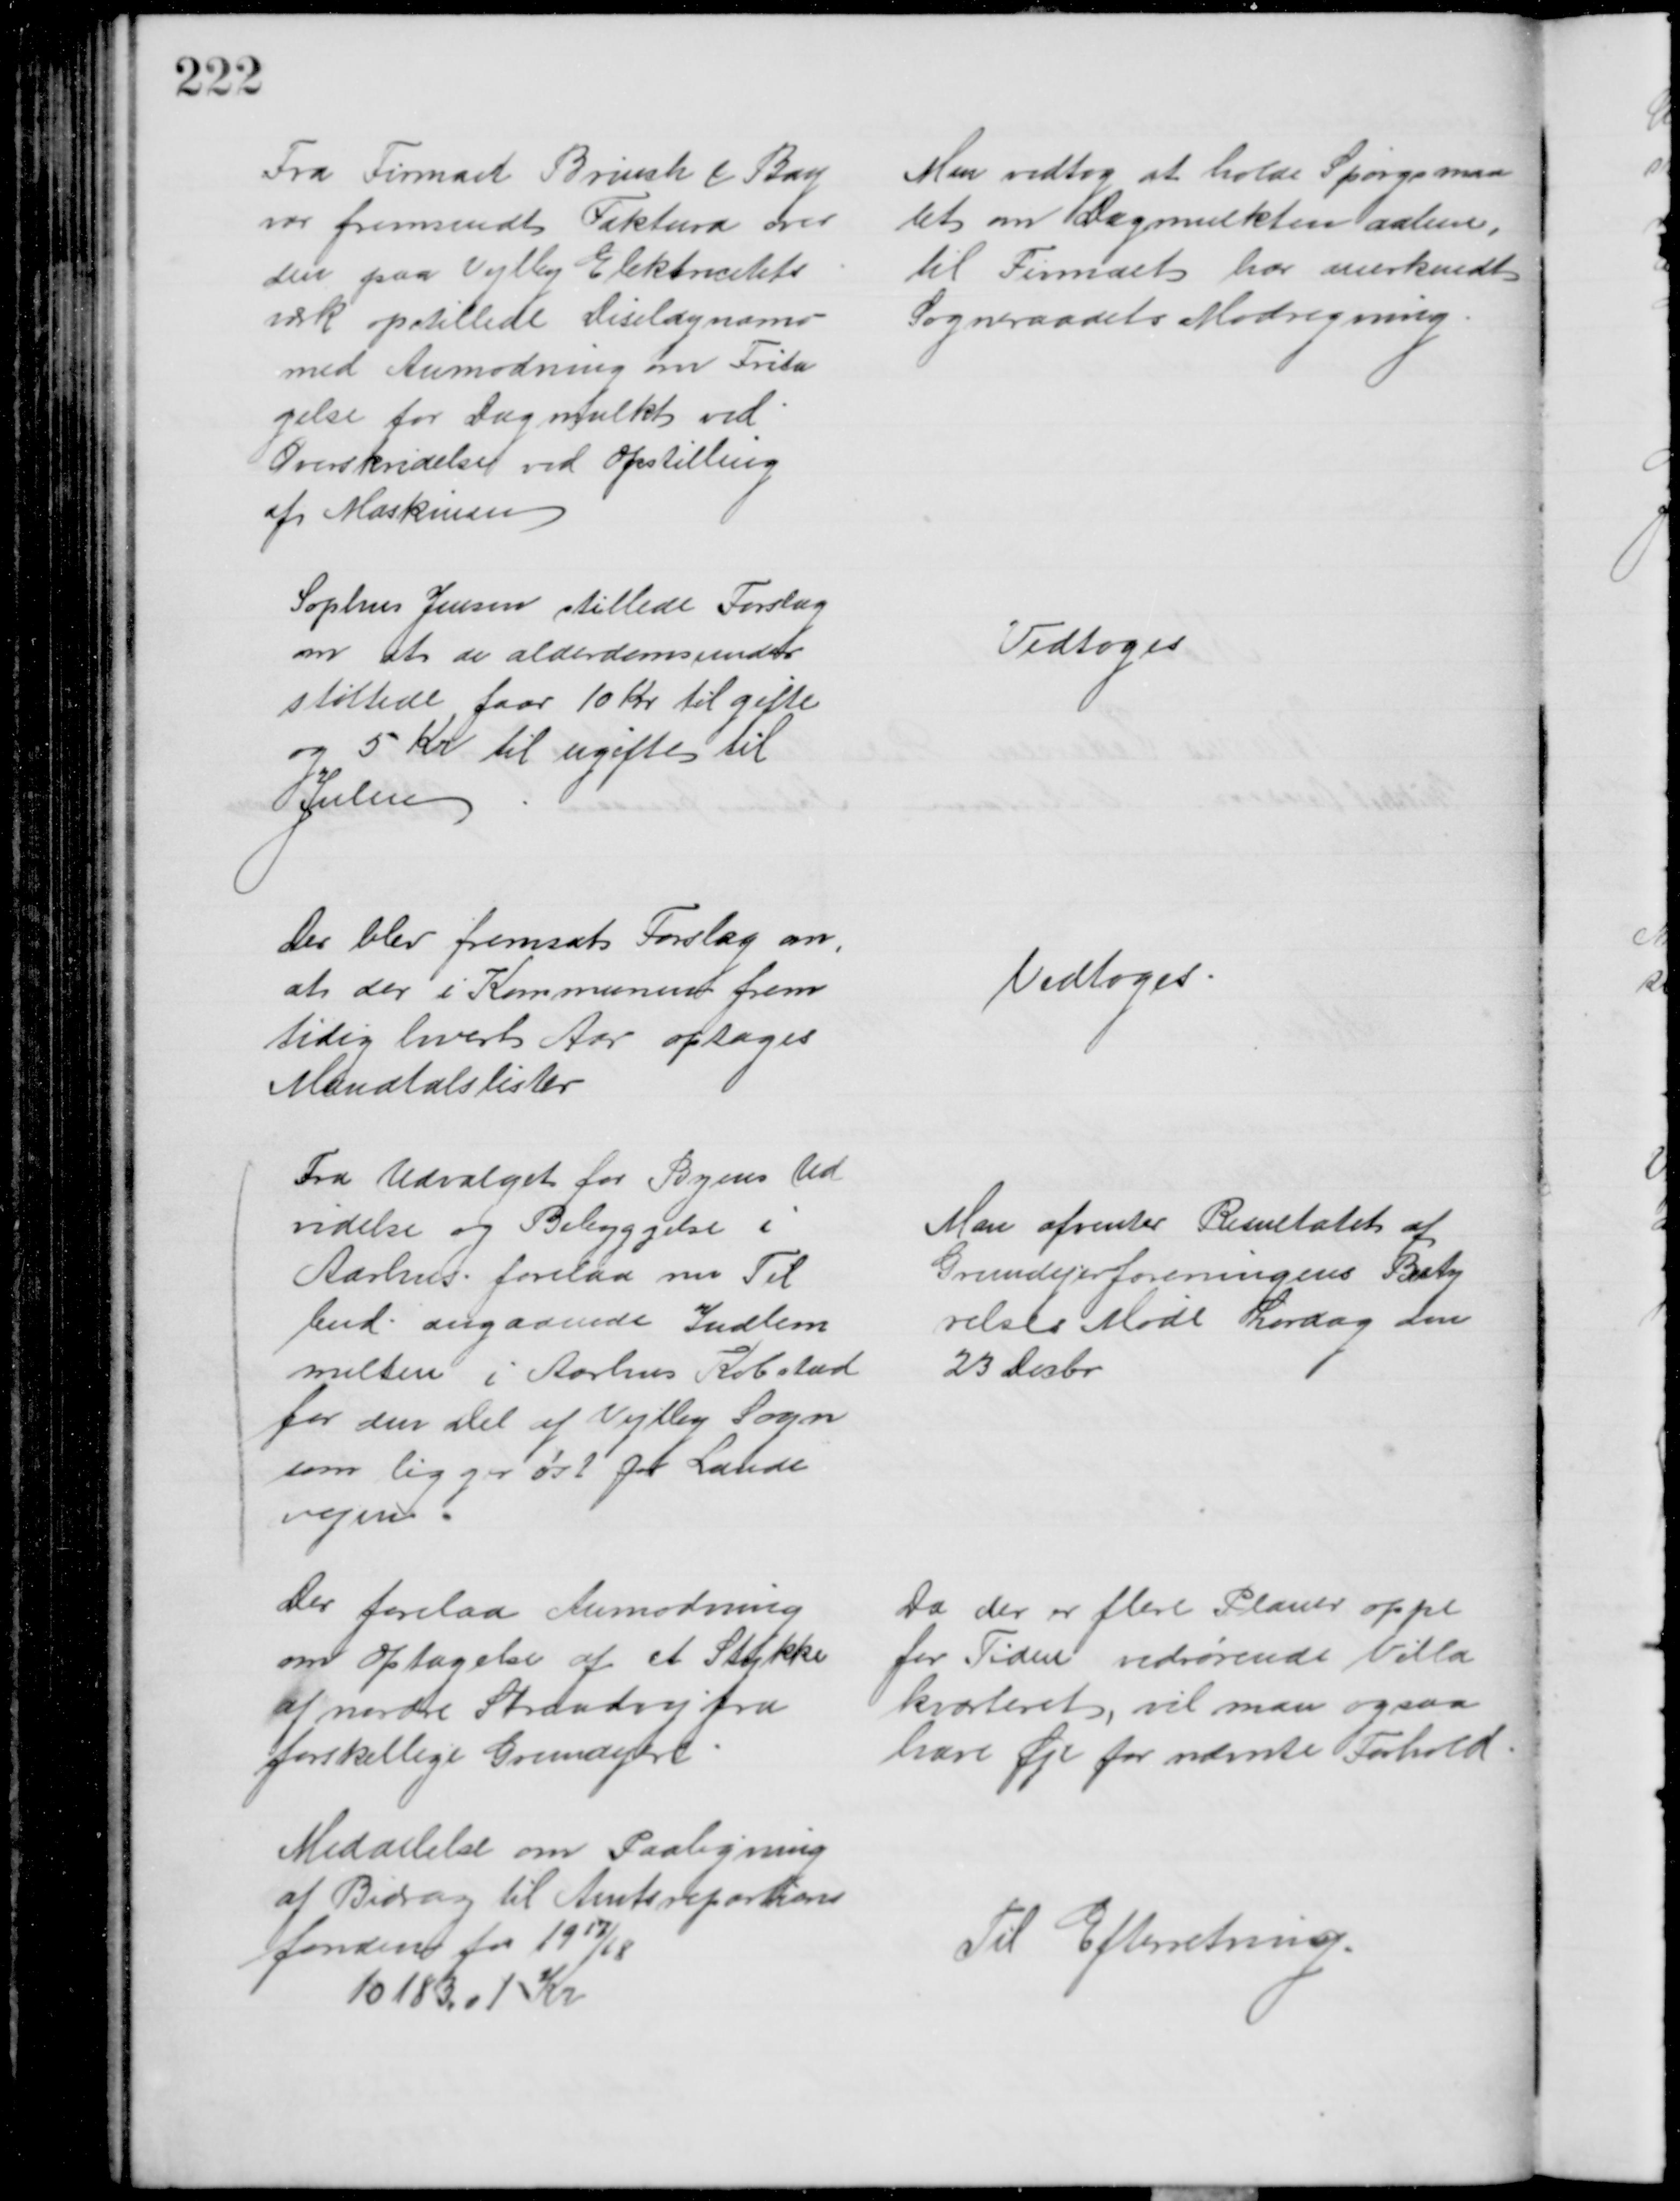
Transskription:
Fra Firmaet Brinch & Bay
var fremsendt Faktura over
den paa Vejlby Elektricitets
værk opstillede Diseldynamo
med Anmodning om Frita
gelse for Dagmulkt ved
Overskridelse ved Opstilling
af Maskinen
Man vedtog at holde Spørgsmaa
let om Dagmulkten aaben,
til Firmaet har anerkendt
Sogneraadets Modregning
Sophus Jensen stillede Forslag
om at de alderdomsunder
støttede faar 10 Kr til gifte
og 5 Kr til ugifte til 
Julen
Vedtoges
Der blev fremsat Forslag om,
at der i Kommunen frem
tidig hvert Aar optages
Mandtalslister
Vedtoges
Fra Udvalget for Byens Ud
videlse og Bebyggelse i
Aarhus forelaa nu Til
bud angaaende Indlem
melsen i Aarhus Købstad
for den del af Vejlby Sogn
som ligger øst for Lande
vejen
Man afventer Resultatet af
Grundejerforeningens Besty
relses Møde Lørdag den 
23 Decbr
Der forelaa Anmodning
om Optagelse af et Stykke
af nordre Strandvej fra 
forskellige Grundejere
Da der er flere Planer oppe
for Tiden vedrørende Villa
kvarteret, vil man ogsaa 
have Øje for nævnte Forhold
Meddelelse om Paaligning
af Bidrag til Amtsrepartions
fonden for 1917/18
10183,01 Kr
Til Efterretning.